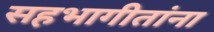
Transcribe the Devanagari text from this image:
सहभागीतांना